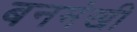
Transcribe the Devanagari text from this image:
बनमंखी